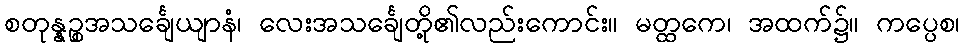
စတုန္နဉ္စအသင်္ချေယျာနံ၊ လေးအသင်္ချေတို့၏လည်းကောင်း။ မတ္ထကေ၊ အထက်၌။ ကပ္ပေစ၊